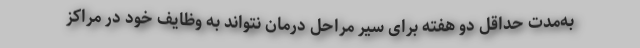
به‌مدت حداقل دو هفته برای سیر مراحل درمان نتواند به وظایف خود در مراکز